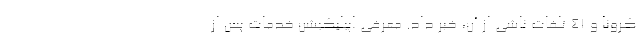
کرونا و ۴۱ تلفات ناشی از آن، خبر داد. معرفی اپیلیکیشن خدمات پس از